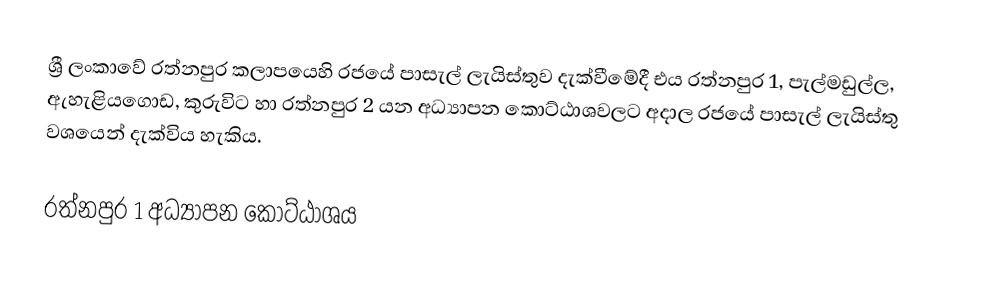
ශ්‍රී ලංකාවේ රත්නපුර කලාපයෙහි රජයේ පාසැල් ලැයිස්තුව  දැක්වීමේදී  එය රත්නපුර 1, පැල්මඩුල්ල, ඇහැළියගොඩ, කුරුවිට හා රත්නපුර 2  යන අධ්‍යාපන කොට්ඨාශවලට අදාල රජයේ පාසැල් ලැයිස්තු වශයෙන් දැක්විය හැකිය.

රත්නපුර 1 අධ්‍යාපන කොට්ඨාශය